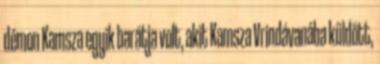
démon Kamsza egyik barátja volt, akit Kamsza Vrindávanába küldött,